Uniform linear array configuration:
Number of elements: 24
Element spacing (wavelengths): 0.75
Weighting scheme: cosine
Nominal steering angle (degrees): -15
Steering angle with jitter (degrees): -16.156
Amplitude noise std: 0.05
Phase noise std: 0.05

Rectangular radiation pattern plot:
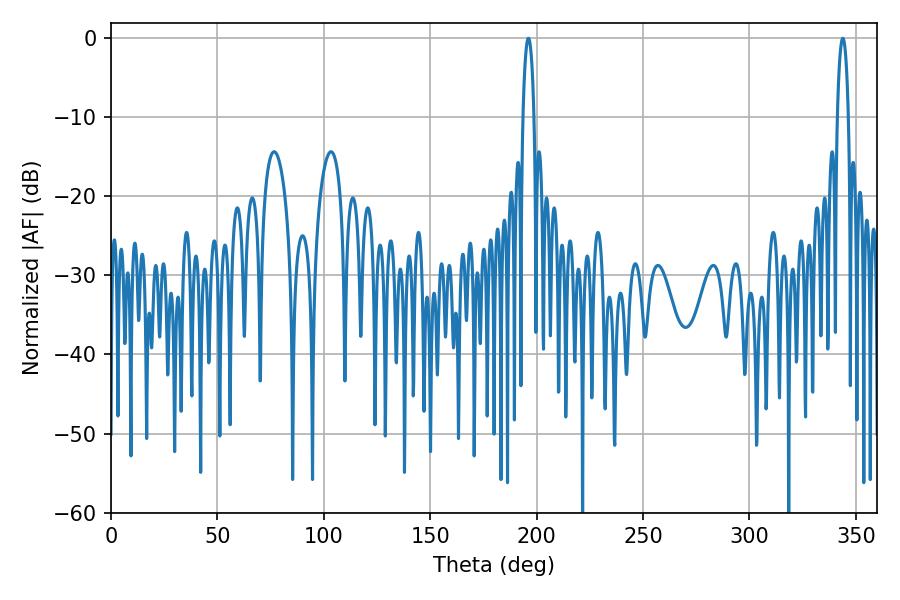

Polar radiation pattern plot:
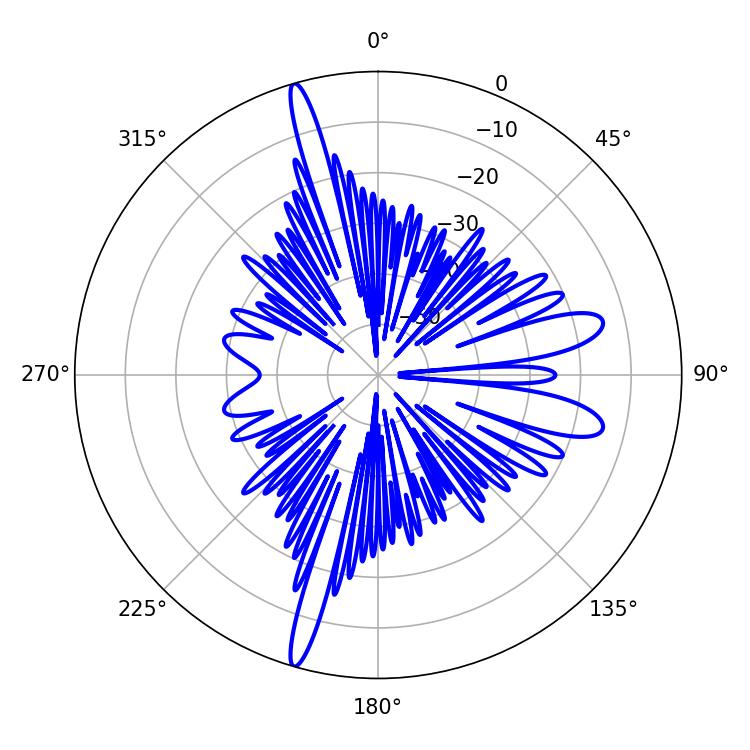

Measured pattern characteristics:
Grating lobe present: TRUE
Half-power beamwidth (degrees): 2.88
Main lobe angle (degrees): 343.8